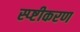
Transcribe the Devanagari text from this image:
स्प्ष्टीकरण